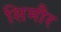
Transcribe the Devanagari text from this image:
सिमौर